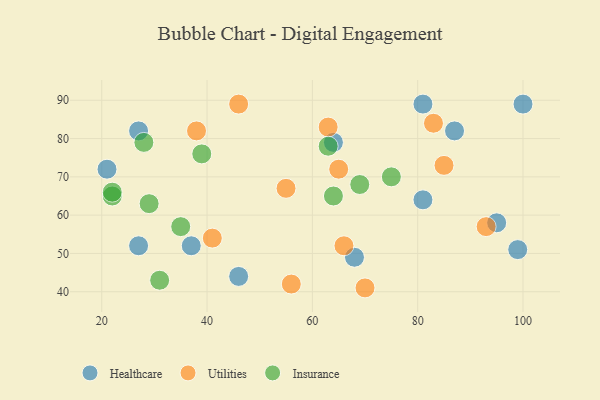
{"axis": {"x": "GDP", "y": "Life Expectancy"}, "legend": ["Healthcare", "Insurance", "Utilities"], "data": [{"x": "68", "y": 49, "type": "Healthcare"}, {"x": "21", "y": 72, "type": "Healthcare"}, {"x": "95", "y": 58, "type": "Healthcare"}, {"x": "37", "y": 52, "type": "Healthcare"}, {"x": "87", "y": 82, "type": "Healthcare"}, {"x": "27", "y": 82, "type": "Healthcare"}, {"x": "64", "y": 79, "type": "Healthcare"}, {"x": "81", "y": 89, "type": "Healthcare"}, {"x": "100", "y": 89, "type": "Healthcare"}, {"x": "46", "y": 44, "type": "Healthcare"}, {"x": "27", "y": 52, "type": "Healthcare"}, {"x": "81", "y": 64, "type": "Healthcare"}, {"x": "99", "y": 51, "type": "Healthcare"}, {"x": "85", "y": 73, "type": "Utilities"}, {"x": "55", "y": 67, "type": "Utilities"}, {"x": "63", "y": 83, "type": "Utilities"}, {"x": "38", "y": 82, "type": "Utilities"}, {"x": "66", "y": 52, "type": "Utilities"}, {"x": "65", "y": 72, "type": "Utilities"}, {"x": "46", "y": 89, "type": "Utilities"}, {"x": "93", "y": 57, "type": "Utilities"}, {"x": "83", "y": 84, "type": "Utilities"}, {"x": "56", "y": 42, "type": "Utilities"}, {"x": "70", "y": 41, "type": "Utilities"}, {"x": "41", "y": 54, "type": "Utilities"}, {"x": "64", "y": 65, "type": "Insurance"}, {"x": "75", "y": 70, "type": "Insurance"}, {"x": "22", "y": 65, "type": "Insurance"}, {"x": "22", "y": 66, "type": "Insurance"}, {"x": "35", "y": 57, "type": "Insurance"}, {"x": "28", "y": 79, "type": "Insurance"}, {"x": "39", "y": 76, "type": "Insurance"}, {"x": "29", "y": 63, "type": "Insurance"}, {"x": "69", "y": 68, "type": "Insurance"}, {"x": "31", "y": 43, "type": "Insurance"}, {"x": "63", "y": 78, "type": "Insurance"}]}